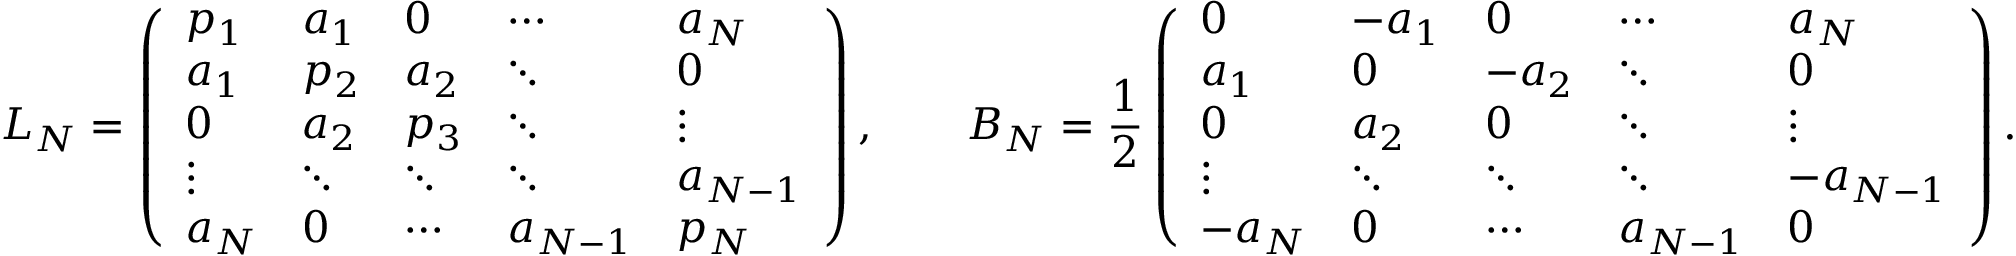
L _ { N } = \left( \begin{array} { l l l l l } { p _ { 1 } } & { a _ { 1 } } & { 0 } & { \cdots } & { a _ { N } } \\ { a _ { 1 } } & { p _ { 2 } } & { a _ { 2 } } & { \ddots } & { 0 } \\ { 0 } & { a _ { 2 } } & { p _ { 3 } } & { \ddots } & { \vdots } \\ { \vdots } & { \ddots } & { \ddots } & { \ddots } & { a _ { N - 1 } } \\ { a _ { N } } & { 0 } & { \cdots } & { a _ { N - 1 } } & { p _ { N } } \end{array} \right) , \qquad B _ { N } = \frac { 1 } { 2 } \left( \begin{array} { l l l l l } { 0 } & { - a _ { 1 } } & { 0 } & { \cdots } & { a _ { N } } \\ { a _ { 1 } } & { 0 } & { - a _ { 2 } } & { \ddots } & { 0 } \\ { 0 } & { a _ { 2 } } & { 0 } & { \ddots } & { \vdots } \\ { \vdots } & { \ddots } & { \ddots } & { \ddots } & { - a _ { N - 1 } } \\ { - a _ { N } } & { 0 } & { \cdots } & { a _ { N - 1 } } & { 0 } \end{array} \right) .